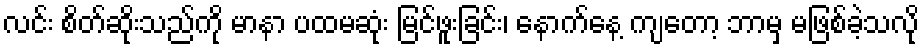
လင်း စိတ်ဆိုးသည်ကို မာနာ ပထမဆုံး မြင်ဖူးခြင်း၊ နောက်နေ့ ကျတော့ ဘာမှ မဖြစ်ခဲ့သလို